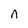
Character: n